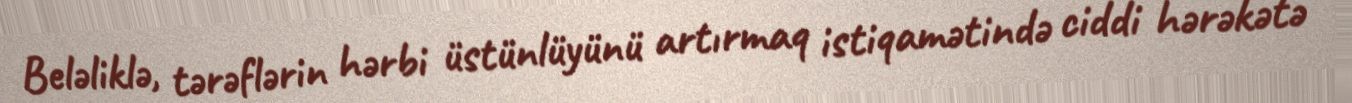
Beləliklə, tərəflərin hərbi üstünlüyünü artırmaq istiqamətində ciddi hərəkətə